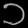
Digit: ၁